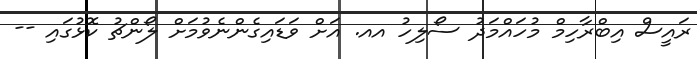
ރައީސް އިބްރާހިމް މުހައްމަދު ސޯލިހު އއ. އަށް ވަޑައިގެންނެވުމަށް ލޯންޗު ކޮޅުގައި --